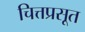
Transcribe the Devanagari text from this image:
चित्तप्रसूत